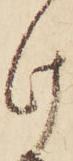
け